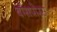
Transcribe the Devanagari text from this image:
बाँसपोरस